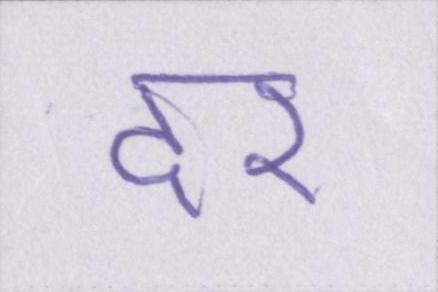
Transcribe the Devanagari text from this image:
दर